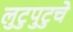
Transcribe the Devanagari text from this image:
लुटुपुटुचे